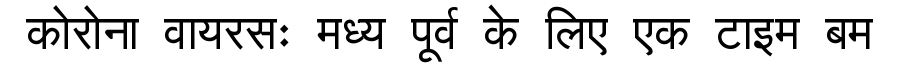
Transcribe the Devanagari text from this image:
कोरोना वायरसः मध्य पूर्व के लिए एक टाइम बम